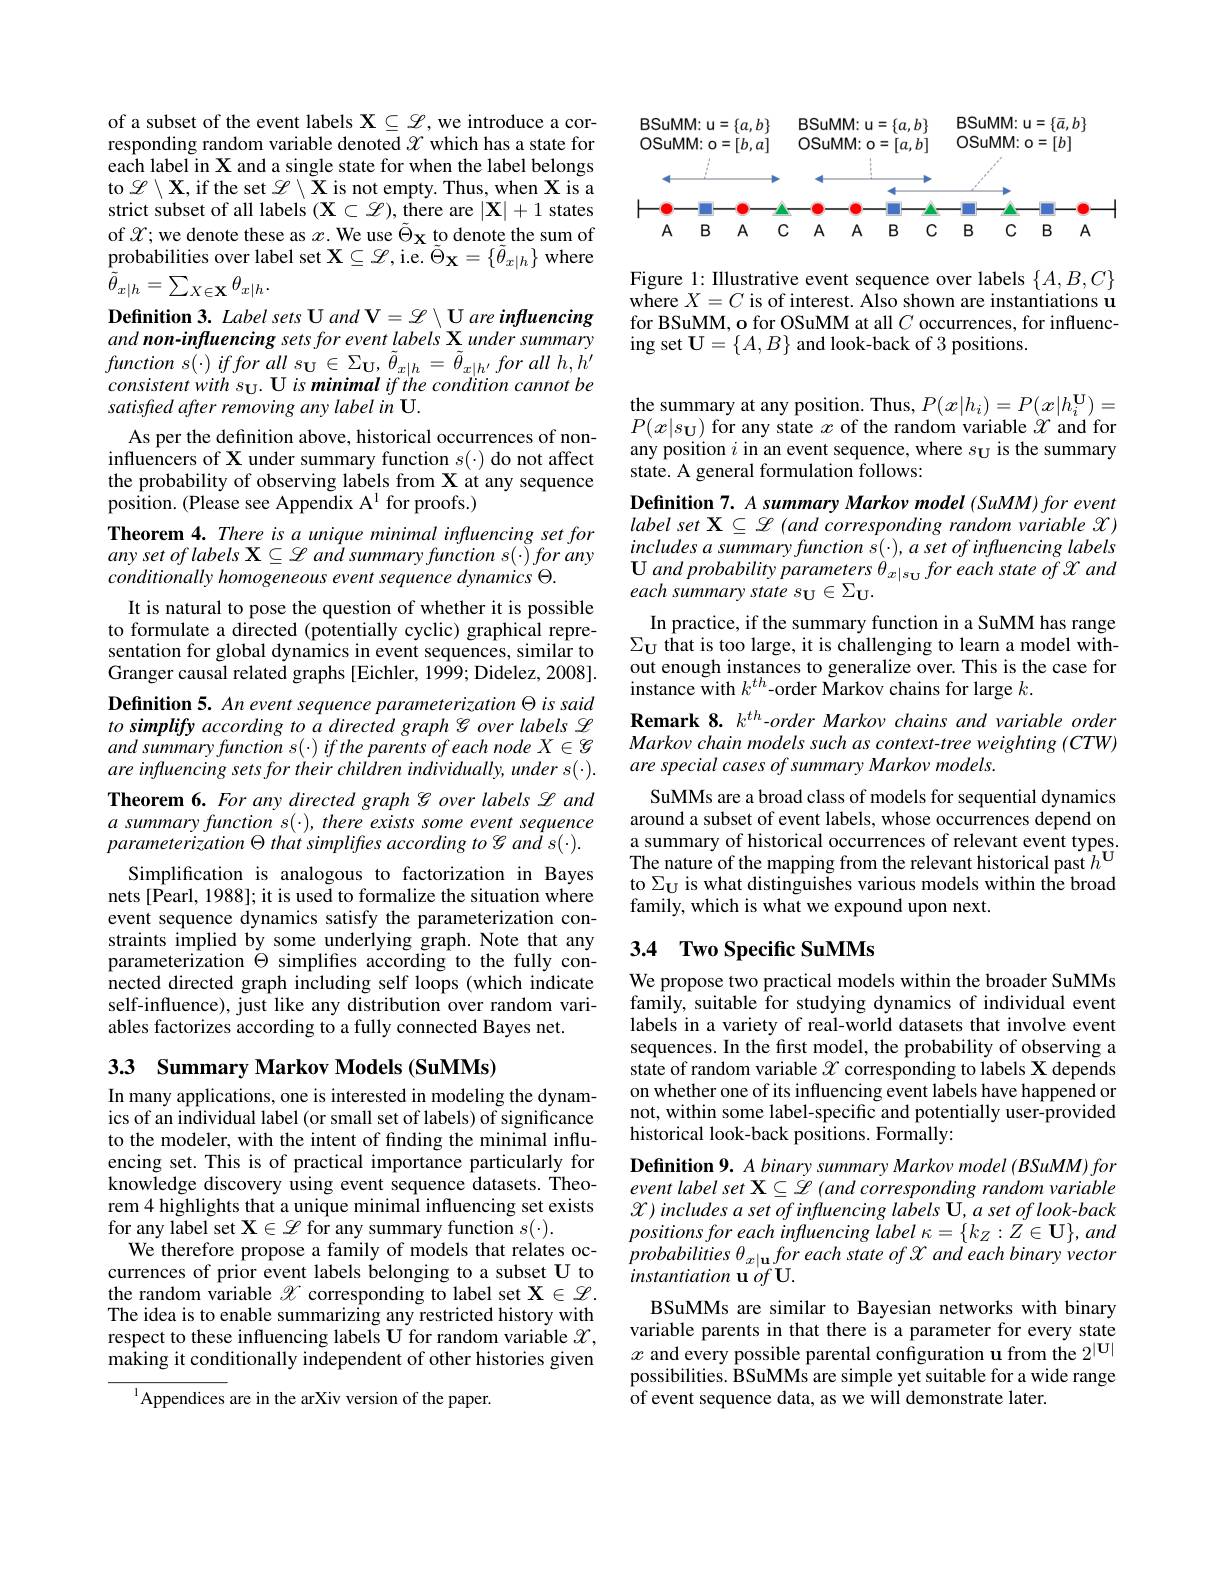
of a subset of the event labels $\mathbf{X}\subseteq\mathscr{L}$,we introduce a corresponding random variable denoted $\mathscr{X}$ which has a state for each label in X and a single state for when the label belongs to $\mathscr{L}\setminus\mathbf{X}$,if the set $\mathscr{L}\setminus\mathbf{X}$ is not empty. Thus, when X is a strict subset of all labels $(\mathbf{X}\subset\mathscr{L})$, there are $|\mathbf{X}|+1$ states of $\mathcal{X};$we denote these as $x.$We use $\tilde{\Theta } _\mathbf{X}$ to denote the sum of probabilities over label set $\mathbf{X}\subseteq\mathscr{L}$,i.e. $\tilde\Theta_\mathbf{X}=\{\tilde{\theta}_{x|h}\}$ where $\tilde{\theta}_{x|h}=\sum_{X\in\mathbf{X}}\theta_{x|h}.$
Definition 3. Label sets U and V= $\mathscr{L}\setminus\mathscr{U}$ are infuencing and non-influencing sets for event labels X under summary $function~s(\cdot)~iffor~all~s_{\mathbf{U}}\in\Sigma_{\mathbf{U}},~\tilde{\theta}_{x|h}=\tilde{\theta}_{x|h^{\prime}}~for~all~h,h^{\prime}$ $consistentwiths_{\mathbf{U}}.$ U is minimal if the condition cannot be satisfred after removing any label in U.
As per the definition above, historical occurrences of noninfluencers of X under summary function $s(\cdot)$ do not affect the probability of observing labels from X at any sequence position. (Please see Appendix A$^1$for proofs.)
Theorem 4. There is a unique minimal infuencing set for $anysetoflabels\mathbf{X}\subseteq\mathscr{L}$ and summary function s(·) for any conditionally homogeneous event sequence dynamics $\Theta.$
It is natural to pose the question of whether it is possible to formulate a directed (potentially cyclic) graphical representation for global dynamics in event sequences, similar to Granger causal related graphs [Eichler, 1999; Didelez, 2008]. Definition 5. An event sequence parameterization $\Theta$ is said to simplify according to a directed graph S over labels $\mathscr{L}$ and summary function $s( \cdot )$ $if$ the parents $of$ each node $X\in \mathcal{G}$ are influencing sets for their children individually, under s(·). Theorem 6. For any directed graph S over labels $\mathscr{L}$ and $a$ summary function s(-), there exists some event sequence parameterization $\Theta$ that simpliftes according to S and s(·).
Simplification is analogous to factorization in Bayes nets [Pearl, 1988]; it is used to formalize the situation where event sequence dynamics satisfy the parameterization constraints implied by some underlying graph. Note that any parameterization $\dot{\Theta}$ simplifes according to the fully connected directed graph including self loops (which indicate self-influence), just like any distribution over random variables factorizes according to a fully connected Bayes net.

3.3 Summary Markov Models (SuMMs)

In many applications, one is interested in modeling the dynamics of an individual label (or small set of labels) of significance to the modeler, with the intent of finding the minimal influencing set. This is of practical importance particularly for knowledge discovery using event sequence datasets. Theorem 4 highlights that a unique minimal influencing set exists for any label set $\mathbf{X}\in\mathscr{L}$ for any summary function $s(\cdot).$
We therefore propose a family of models that relates occurrences of prior event labels belonging to a subset U to the random variable $\mathscr{X}$ corresponding to label set $\mathbf{X}\in\mathscr{L}.$ The idea is to enable summarizing any restricted history with respect to these influencing labels U for random variable $\mathcal{X}$, making it conditionally independent of other histories given

$^{1}$Appendices are in the arXiv version of the paper.

<FigureHere>

Figure 1: Illustrative event sequence over labels $\{A,B,C\}$ where $X=C$ is of interest. Also shown are instantiations u for BSuMM, o for OSuMM at all $C$ occurrences, for influencing set $\mathbf{U}=\{A,B\}$ and look-back of 3 positions.

the summary at any position. Thus, $P(x|h_i)=P(x|h_i^\mathbf{U})=$ $P(x|s_{\mathbf{U}})$ for any state $x$ of the random variable $X$ and for any position $i$ in an event sequence, where $s_\mathbf{U}$ is the summary state. A general formulation follows:
Definition 7. A summary Markov model (SuMM) for event $labelset\mathbf{X}\subseteq\mathscr{L}$ (and corresponding random variable $\mathscr{X})$ includes $a$ summary function $s( \cdot ) , a\textit{ set of influencing labels}$ $\mathbf{U} andprobabilityparameters$ $\dot{\theta } _{x| s_{\mathrm{U} }}foreach$ state $of$ $\mathcal{X}$ and each summary state su $\in\Sigma_\mathbf{U}.$
In practice, if the summary function in a SuMM has range $\Sigma_{\mathbf{U}}$ that is too large, it is challenging to learn a model without enough instances to generalize over. This is the case for instance with $k^{th}$-order Markov chains for large $k.$
Remark 8. $k^{th}$-order Markov chains and variable order Markov chain models such as context-tree weighting (CTW) are special cases of summary Markov models.
SuMMs are a broad class of models for sequential dynamics around a subset of event labels, whose occurrences depend on a summary of historical occurrences of relevant event types. The nature of the mapping from the relevant historical past $h^\mathrm{U}$ to $\Sigma_{\mathbf{U}}$ is what distinguishes various models within the broad family, which is what we expound upon next.

## 3.4 Two Specific SuMMs

We propose two practical models within the broader SuMMs family, suitable for studying dynamics of individual event labels in a variety of real-world datasets that involve event sequences. In the first model, the probability of observing a state of random variable $\mathscr{X}$ corresponding to labels X depends on whether one of its influencing event labels have happened or not, within some label-specific and potentially user-provided historical look-back positions. Formally:
Definition 9. A binary summary Markov model (BSuMM) for event label set $\mathbf{X}\subseteq\mathscr{L}$ (and corresponding random variable $\mathcal{X})$ includes a set of influencing labels U, a set of look-back $positions\textit{for each influencing label }\kappa = \{ k_Z: Z\in \mathbf{U} \} , and$ $probabilities\theta_{x|\mathbf{u}}foreachstateofX$ and each binary vector instantiation u of U.
BSuMMs are similar to Bayesian networks with binary variable parents in that there is a parameter for every state $x$ and every possible parental configuration u from the $2^{|\mathbf{U}|}$ possibilities. BSuMMs are simple yet suitable for a wide range of event sequence data, as we will demonstrate later.